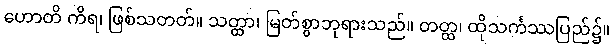
ဟောတိ ကိရ၊ ဖြစ်သတတ်။ သတ္ထာ၊ မြတ်စွာဘုရားသည်။ တတ္ထ၊ ထိုသင်္ကဿပြည်၌။